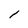
Character: l